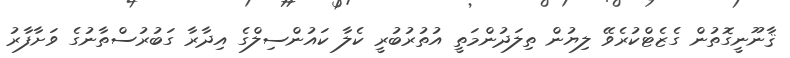
ޤާނޫނީގޮތުން ގެޒެޓްކުރެވޭ ލިޔުން ތިލަދުންމަތީ އުތުރުބުރީ ކެލާ ކައުންސިލްގެ އިދާރާ ގަބުރުސްތާނުގެ ވަށާފާރު